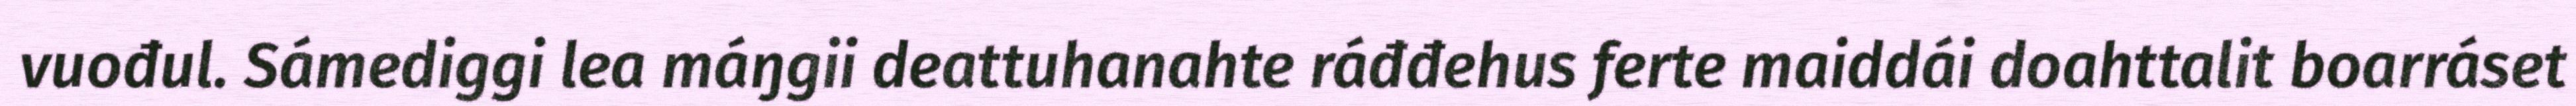
vuođul. Sámediggi lea máŋgii deattuhanahte ráđđehus ferte maiddái doahttalit boarráset